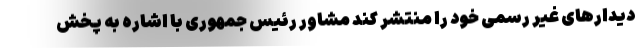
دیدارهای غیر رسمی خود را منتشر کند مشاور رئیس جمهوری با اشاره به پخش